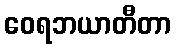
ဝေရဘယာတီတာ